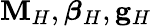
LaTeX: \mathbf{M}_{H},\boldsymbol{\beta}_{H},\mathbf{g}_{H}